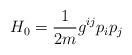
LaTeX: \begin{align*}H_0 = \frac{1}{2m} g^{ij} p_i p_j \end{align*}